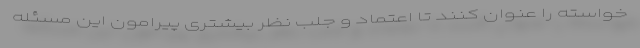
خواسته را عنوان کنند تا اعتماد و جلب نظر بیشتری پیرامون این مسئله